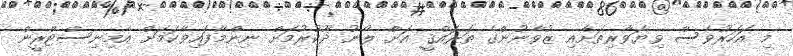
މި އަހަރުވެސް ވިޔަވާރިތަަށާއި ޒުވާނުންގެ ތަރައްޤީ އަށް ލޯނު ދޫކުރުމަށް ނިންމާފައިވާކަމަށް އެމިނިސްޓްރީން